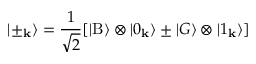
| \pm _ { \bf k } \rangle = \frac { 1 } { \sqrt { 2 } } [ | \mathrm { B } \rangle \otimes | 0 _ { \bf k } \rangle \pm | G \rangle \otimes | 1 _ { \bf k } \rangle ]